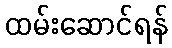
ထမ်းဆောင်ရန်